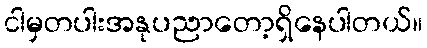
ငါမှတပါးအနုပညာတော့ရှိနေပါတယ်။